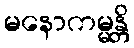
မနောကမ္မန္တိ